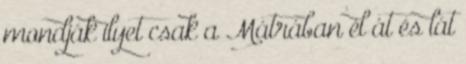
mondják ilyet csak a Mátrában él át és lát